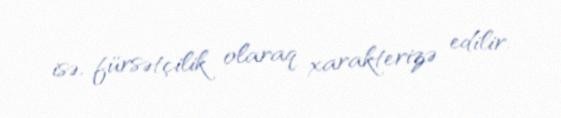
isə, fürsətçilik olaraq xarakterizə edilir.